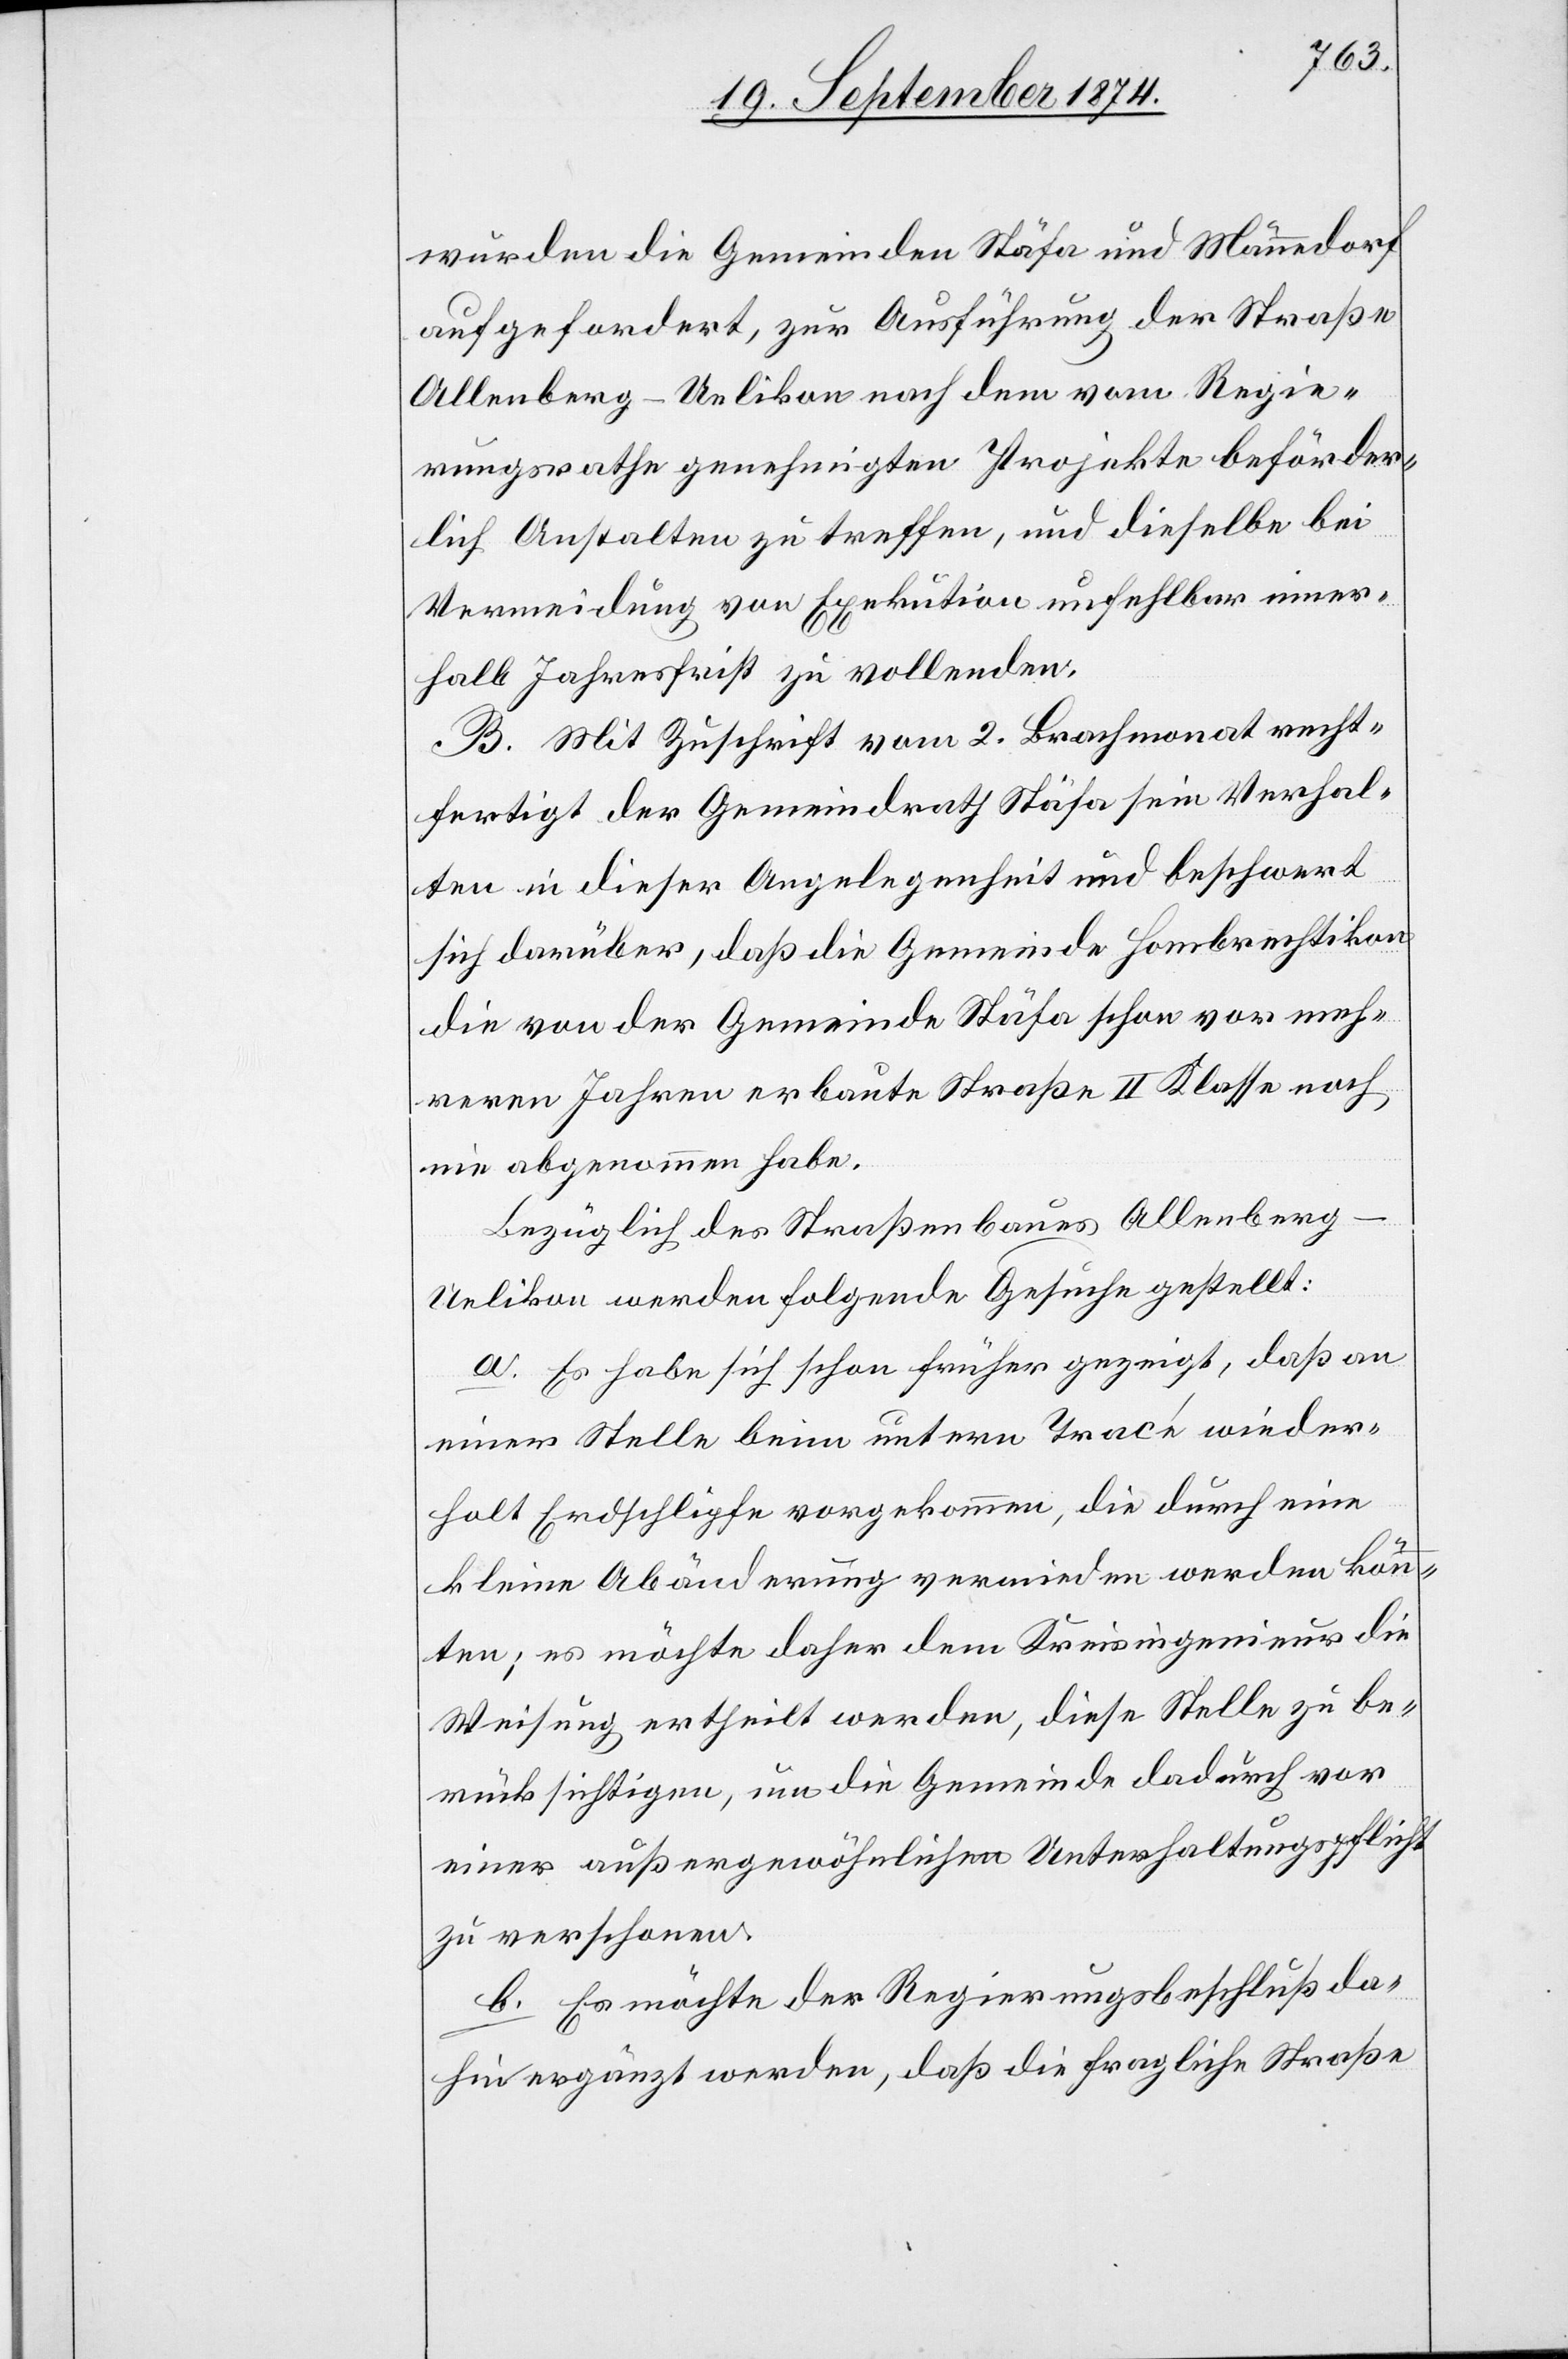
wurden die Gemeinden Stäfa und Männedorf
aufgefordert, zur Ausführung der Straße
Allenberg–Uelikon nach dem vom Regie¬
rungsrathe genehmigten Projekte beförder¬
lich Anstalten zu treffen, und dieselbe bei
Vermeidung von Exekution unfehlbar inner¬
halb Jahresfrist zu vollenden.
B. Mit Zuschrift vom 2. Brachmonat recht¬
fertigt der Gemeindrath Stäfa sein Verhal¬
ten in dieser Angelegenheit und beschwert
sich darüber, daß die Gemeinde Hombrechtikon
die von der Gemeinde Stäfa schon vor meh¬
reren Jahren erbaute Straße II. Klasse noch
nie abgenommen habe.
Bezüglich des Straßenbaues Allenberg–U¬
elikon werden folgende Gesuche gestellt:
a. Es habe sich schon früher gezeigt, daß an
einer Stelle beim untern Tracé wieder¬
holt Erdschlipfe vorgekommen, die durch eine
kleine Abänderung vermieden werden könn¬
ten; es möchte daher dem Kreisingenieur die
Weisung ertheilt werden, diese Stelle zu be¬
rücksichtigen, um die Gemeinde dadurch vor
einer außergewöhnlichen Unterhaltungspflicht
zu verschonen.
b. Es möchte der Regierungsbeschluß da¬
hin ergänzt werden, daß die fragliche Straße